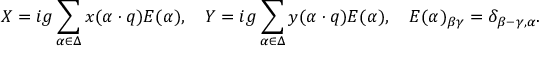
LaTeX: X = i g \sum _ { \alpha \in \Delta } x ( \alpha \cdot q ) E ( \alpha ) , \quad Y = i g \sum _ { \alpha \in \Delta } y ( \alpha \cdot q ) E ( \alpha ) , \quad E ( \alpha ) _ { \beta \gamma } = \delta _ { \beta - \gamma , \alpha } .